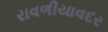
રાવળીયાવદર